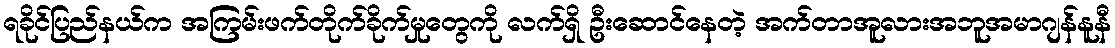
ရခိုင်ပြည်နယ်က အကြမ်းဖက်တိုက်ခိုက်မှုတွေကို လက်ရှိ ဦးဆောင်နေတဲ့ အက်တာအူလားအဘူအမာဂျန်နူနီ